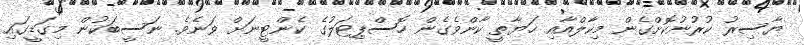
ޔާސިރު ކުރުނުކޮށްގެން މިކާލްއާއި ހަޔާތީ ކާންވެގެން ހޮސްޕިޓަލުގެ ކެންޓީނަށް ވަނެވެ. ނަސީބަކުން މިގަޑީގައި